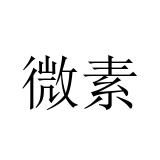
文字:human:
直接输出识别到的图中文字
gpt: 微素